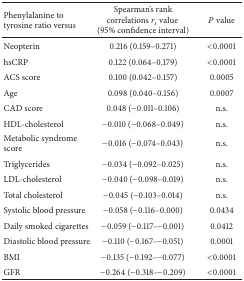
<table><thead><tr><td><b>Phenylalanine to tyrosine ratio versus</b></td><td><b>Spearman&#x27;s rank correlations <i>r</i><sub><i>s</i></sub> value (95% confidence interval) </b></td><td><b><i>P</i> value</b></td></tr></thead><tbody><tr><td>Neopterin</td><td>0.216 (0.159–0.271)</td><td>&lt;0.0001</td></tr><tr><td>hsCRP</td><td>0.122 (0.064–0.179)</td><td>&lt;0.0001</td></tr><tr><td>ACS score</td><td>0.100 (0.042–0.157)</td><td>0.0005</td></tr><tr><td>Age</td><td>0.098 (0.040–0.156)</td><td> 0.0007</td></tr><tr><td>CAD score</td><td>0.048 (−0.011–0.106)</td><td>n.s.</td></tr><tr><td>HDL-cholesterol</td><td>−0.010 (−0.068–0.049)</td><td>n.s.</td></tr><tr><td>Metabolic syndrome score</td><td>−0.016 (−0.074–0.043)</td><td>n.s.</td></tr><tr><td>Triglycerides</td><td>−0.034 (−0.092–0.025)</td><td>n.s.</td></tr><tr><td>LDL-cholesterol</td><td>−0.040 (−0.098–0.019)</td><td>n.s.</td></tr><tr><td>Total cholesterol</td><td>−0.045 (−0.103–0.014)</td><td>n.s.</td></tr><tr><td>Systolic blood pressure</td><td>−0.058 (−0.116–0.000)</td><td>0.0434</td></tr><tr><td>Daily smoked cigarettes</td><td>−0.059 (−0.117–−0.001)</td><td>0.0412</td></tr><tr><td>Diastolic blood pressure</td><td>−0.110 (−0.167–−0.051)</td><td>0.0001</td></tr><tr><td>BMI</td><td>−0.135 (−0.192–−0.077)</td><td>&lt;0.0001</td></tr><tr><td>GFR</td><td>−0.264 (−0.318–−0.209)</td><td>&lt;0.0001</td></tr></tbody></table>